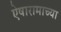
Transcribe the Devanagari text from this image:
ऐषारामाच्या